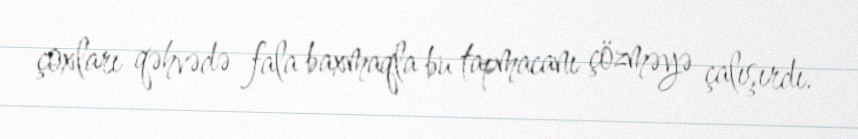
çoxları qəhvədə fala baxmaqla bu tapmacanı çözməyə çalışırdı.